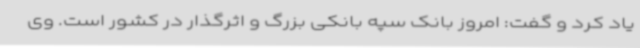
یاد کرد و گفت: امروز بانک سپه بانکی بزرگ و اثرگذار در کشور است. وی